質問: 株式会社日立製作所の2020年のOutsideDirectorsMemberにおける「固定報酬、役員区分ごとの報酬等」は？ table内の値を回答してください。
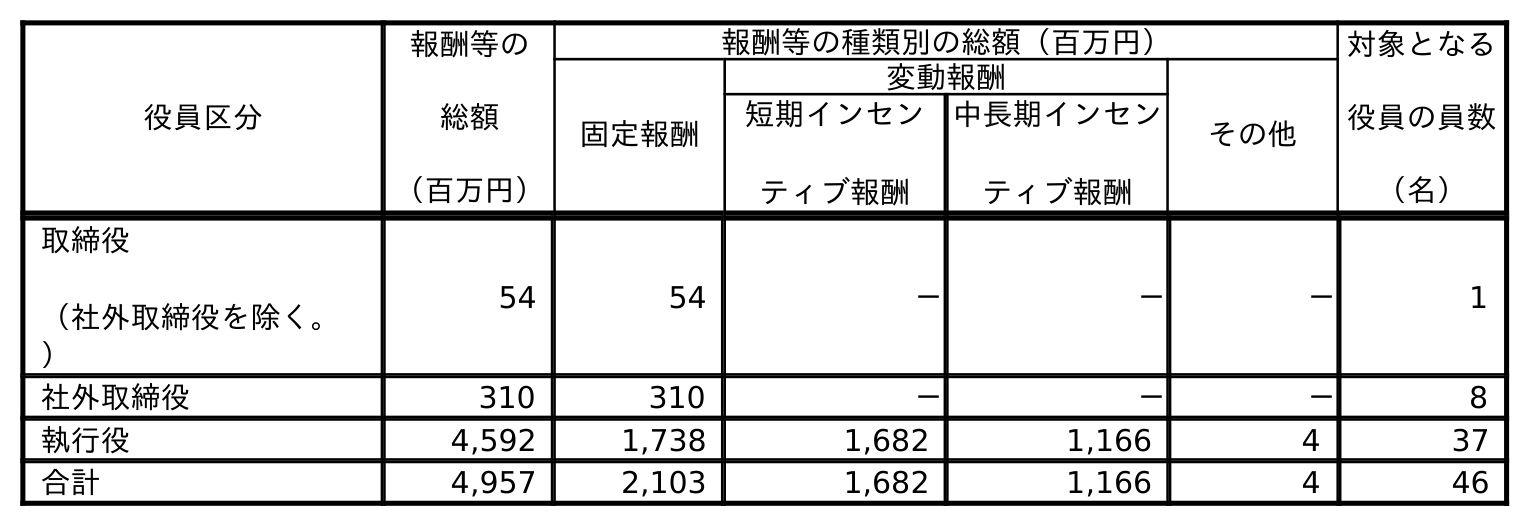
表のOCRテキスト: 役員区分 報酬等の 総額 （百万円） 報酬等の種類別の総額（百万円） 対象となる 役員の員数 （名） 固定報酬 変動報酬 その他 短期インセン ティブ報酬 中長期インセン ティブ報酬 取締役 （社外取締役を除く。 ） 54 54 － － － 1 社外取締役 310 310 － － － 8 執行役 4,592 1,738 1,682 1,166 4 37 合計 4,957 2,103 1,682 1,166 4 46
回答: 310